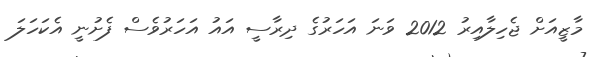
މާޒީއަށް ޖެހިލާއިރު 2012 ވަނަ އަހަރުގެ ދިރާސީ އައު އަހަރުވެސް ފެށުނީ އެކަހަލަ